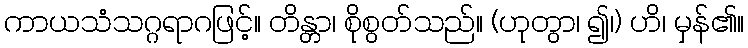
ကာယသံသဂ္ဂရာဂဖြင့်။ တိန္တာ၊ စိုစွတ်သည်။ (ဟုတွာ၊ ၍၊) ဟိ၊ မှန်၏။